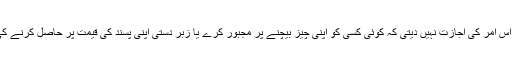
شریعت ِاسلامیہ اس امر کی اجازت نہیں دیتی کہ کوئی کسی کو اپنی چیز بیچنے پر مجبور کرے یا زبر دستی اپنی پسند کی قیمت پر حاصل کرنے کی کوشش کرے ۔